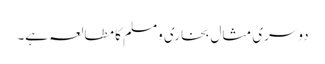
دوسری مثال بخاری ومسلم کا مطالعہ ہے۔